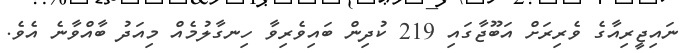
ނައިޖީރިއާގެ ވެރިރަށް އަބޫޖާގައި 219 ކުދިން ބައިވެރިވާ ހިނގާލުމެއް މިއަދު ބާއްވާނެ އެވެ.